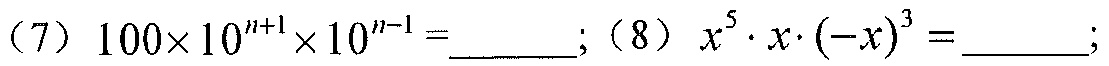
n + 1}\times10^{n-1}=\underline{\quad\quad}\);（8）\(x^{5}\cdot x\cdot(-x)^{3}=\underline{\quad\quad}\);